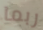
ربما